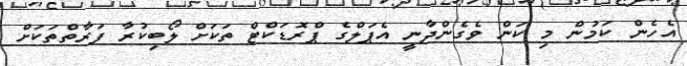
އެހެން ކަމުން މި ކަން ވެގެންދާނީ އެޕަލްގެ ޕްރޮޑަކްޓް ތަކަށް ލޯބިކުރާ ފަރާތްތަކަށް